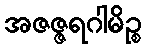
အဇဇ္ဇရဂါမိဉ္စ